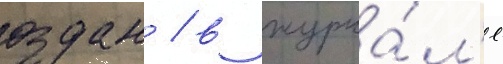
оздан / в журна́л'е